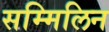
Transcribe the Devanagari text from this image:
सम्मिलिन